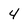
Character: 4